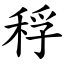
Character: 稃